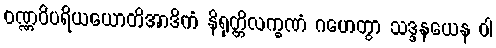
ဝဏ္ဏဝိပရိယယောတိအာဒိကံ နိရုတ္တိလက္ခဏံ ဂဟေတွာ သဒ္ဒနယေန ဝါ